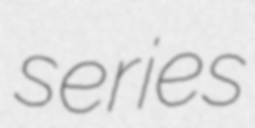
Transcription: series